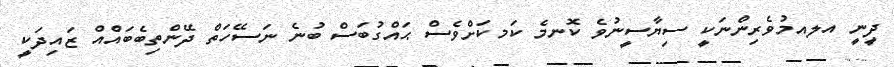
ދީނީ އލއމުވެރިންނަކީ ސިޔާސީނުވެ ކޮނމެ ކަމކަށްވެސް ޙައްގުބަސް ބުނެ ނަސޭހަތް ދޭންތިބެބައްެއް ޒައިދަކީ